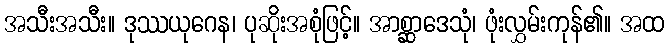
အသီးအသီး။ ဒုဿယုဂေန၊ ပုဆိုးအစုံဖြင့်။ အာစ္ဆာဒေသုံ၊ ဖုံးလွှမ်းကုန်၏။ အထ